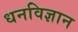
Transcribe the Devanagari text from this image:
धनविज्ञान